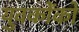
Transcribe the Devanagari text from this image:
युवकोंको